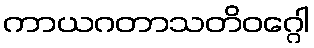
ကာယဂတာသတိဝဂ္ဂေါ